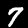
Label: 7